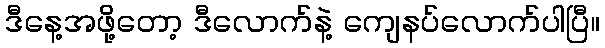
ဒီနေ့အဖို့တော့ ဒီလောက်နဲ့ ကျေနပ်လောက်ပါပြီ။